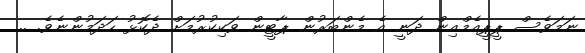
ނަމަވެސް ޕީޕީއެމްއިން ދަނީ އެ މެންބަރުން ޕާޓީން ވަކިކުރުމަށް ދެކޮޅު ހަދަމުންނެވެ. ..